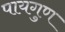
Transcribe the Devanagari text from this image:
पायगुण